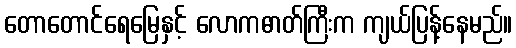
တောတောင်ရေမြေနှင့် လောကဓာတ်ကြီးက ကျယ်ပြန့်နေမည်။